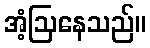
အံ့ဩနေသည်။